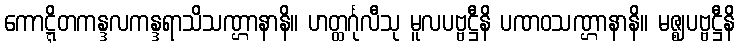
ကောဋ္ဋိတကန္ဒလကန္ဒရာသိသဏ္ဌာနာနိ။ ဟတ္ထင်္ဂုလီသု မူလပဗ္ဗဋ္ဌီနိ ပဏဝသဏ္ဌာနာနိ။ မဇ္ဈပဗ္ဗဋ္ဌီနိ